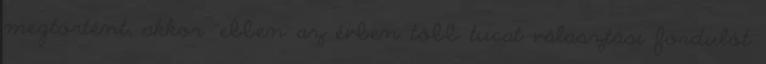
megtörtént, akkor "ebben az évben több tucat választási fordulót